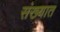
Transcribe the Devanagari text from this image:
संख्यात